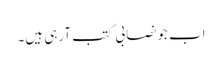
اب جو نصابی کتب آرہی ہیں۔